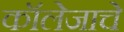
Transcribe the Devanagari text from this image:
कॉलेजाचे